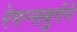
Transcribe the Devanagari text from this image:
रेगन्सबुर्गने